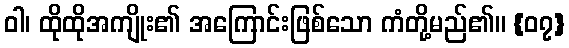
ဝါ၊ ထိုထိုအကျိုး၏ အကြောင်းဖြစ်သော ကံတို့မည်၏။ {၀၇}